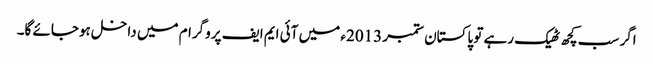
اگر سب کچھ ٹھیک رہے تو پاکستان ستمبر 2013ء میں آئی ایم ایف پروگرام میں داخل ہوجائے گا۔